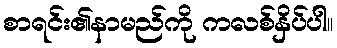
စာရင်း၏နာမည်ကို ကလစ်နှိပ်ပါ။